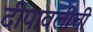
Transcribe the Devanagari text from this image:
दीपावलीची